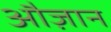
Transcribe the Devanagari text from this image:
औज़ान